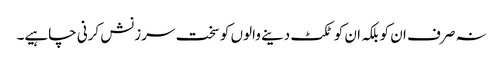
نہ صرف ان کو بلکہ ان کو ٹکٹ دینے والوں کو سخت سرزنش کرنی چاہیے۔